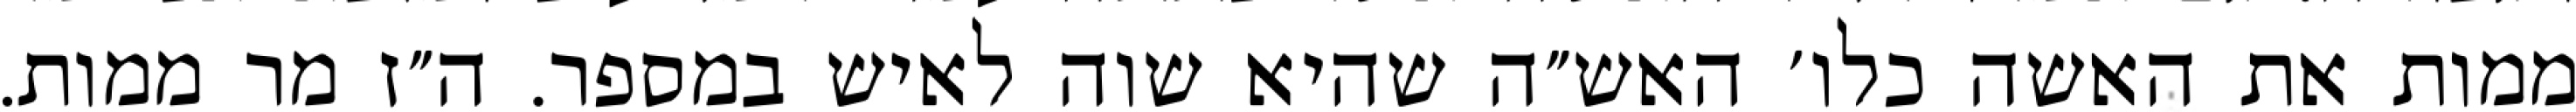
ממות את האשה כלו׳ האש״ה שהיא שוה לאיש במספר. ה״ז מר ממות.